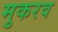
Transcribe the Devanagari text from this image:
मुकरव